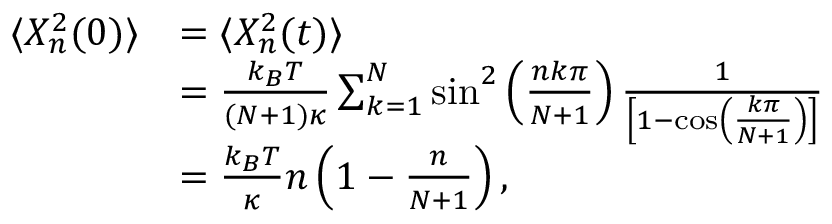
\begin{array} { r l } { \langle X _ { n } ^ { 2 } ( 0 ) \rangle } & { = \langle X _ { n } ^ { 2 } ( t ) \rangle } \\ & { = \frac { k _ { B } T } { ( N + 1 ) \kappa } \sum _ { k = 1 } ^ { N } \sin ^ { 2 } \left( \frac { n k \pi } { N + 1 } \right) \frac { 1 } { \left[ 1 - \cos \left( \frac { k \pi } { N + 1 } \right) \right] } } \\ & { = \frac { k _ { B } T } { \kappa } n \left( 1 - \frac { n } { N + 1 } \right) , } \end{array}